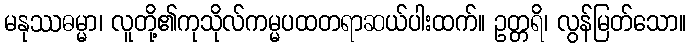
မနုဿဓမ္မာ၊ လူတို့၏ကုသိုလ်ကမ္မပထတရာဆယ်ပါးထက်။ ဥတ္တရိ၊ လွန်မြတ်သော။